Lunatic asylums in Bengal annual reports 1912-1924 - 1912-1924
Year: 1912
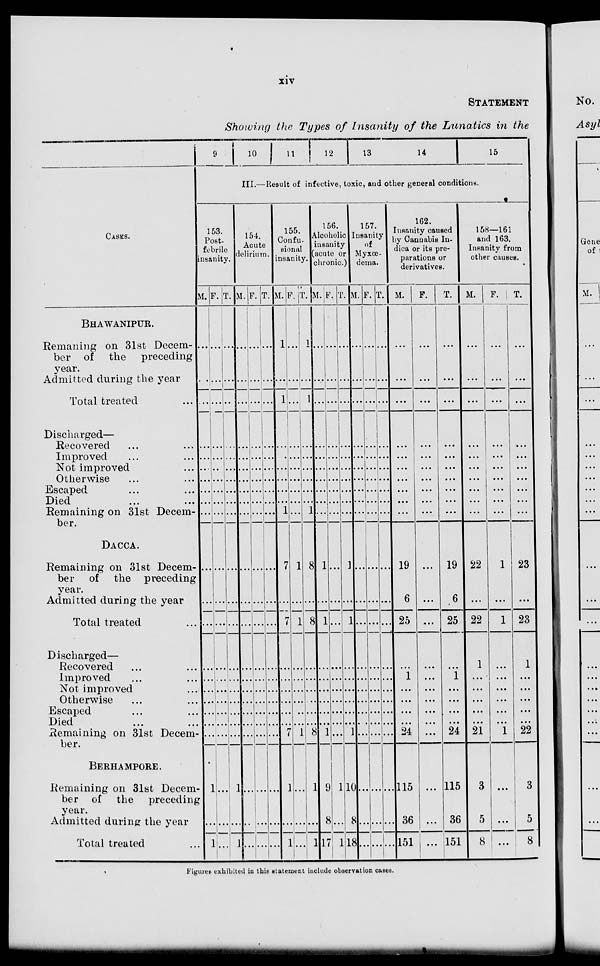
xiv
STATEMENT
Showing the Types of Insanity of the Lunatics in the
CASES.
BHAWANIPUR.
Remaning on 31st Decem-
ber of the
preceding
year.
Admitted during the year
Total treated ...
Discharged—
Recovered ... ...
Improved ... ...
Not improved ... ...
Otherwise ... ...
Escaped ... ...
Died ... ...
Remaining on 31st Decem-
ber.
DACCA.
Remaining on 31st Decem-
ber of the preceding
year.
Admitted during the year
Total treated ...
Discharged—
Recovered ... ...
Improved ... ...
Not improved ... ...
Otherwise ... ...
Escaped ... ...
Died ... ...
Remaining on 31st Decem-
ber.
BERHAMPORE.
Remaining on 31st Decem-
ber of the
preceding
year.
Admitted during the year
Total treated ...
9
10
11
12
13
14
15
III.—Result of infective, toxic, and other general conditions.
153.
Post-
febrile
insanity.
M.
...
...
...
...
...
...
...
...
...
...
...
...
...
...
...
...
...
...
...
...
1
...
1
F.
...
...
...
...
...
...
...
...
...
...
...
...
...
...
...
...
...
...
...
...
...
...
...
T.
...
...
...
...
...
...
...
...
...
...
...
...
...
...
...
...
...
...
...
...
1
...
1
154.
Acute
delirium.
M.
...
...
...
...
...
...
...
...
...
...
...
...
...
...
...
...
...
...
...
...
...
...
...
F.
...
...
...
...
...
...
...
...
...
...
...
...
...
...
...
...
...
...
...
...
...
...
...
T.
...
...
...
...
...
...
...
...
...
...
...
...
...
...
...
...
...
...
...
...
...
...
...
155
Confu-
sional
insanity.
M.
1
...
1
...
...
...
...
...
...
1
7
...
7
...
...
...
...
...
...
7
1
...
1
F.
...
...
...
...
...
...
...
...
...
...
1
...
1
...
...
...
...
...
...
1
...
...
...
T.
1
...
1
...
...
...
...
...
...
1
8
...
8
...
...
...
...
...
...
8
1
...
1
156
Alcoholic
insanity
(acute or
chronic.)
M.
...
...
...
...
...
...
...
...
...
...
1
...
1
...
...
...
...
...
...
1
9
8
17
F.
...
...
...
...
...
...
...
...
...
...
...
...
...
...
...
...
...
...
...
...
1
...
1
T.
...
...
...
...
...
...
...
...
...
...
1
...
1
...
...
...
...
...
...
1
10
8
18
157.
Insanity
of
Myxœ-
dema.
M.
...
...
...
...
...
...
...
...
...
...
...
...
...
...
...
...
...
...
...
...
...
...
...
F.
...
...
...
...
...
...
...
...
...
...
...
...
...
...
...
...
...
...
...
...
...
...
...
T.
...
...
...
...
...
...
...
...
...
...
...
...
...
...
...
...
...
...
...
...
...
...
...
162.
Insanity caused
by Cannabis In-
dica or its pre-
parations or
derivatives.
M.
...
...
...
...
...
...
...
...
...
...
19
6
25
...
1
...
...
...
...
24
115
36
151
F.
...
...
...
...
...
...
...
...
...
...
...
...
...
...
...
...
...
...
...
...
...
...
...
T.
...
...
...
...
...
...
...
...
...
...
19
6
25
...
1
...
...
...
...
24
115
36
151
158—161
and 163.
Iusanity from
other causes.
M.
...
...
...
...
...
...
...
...
...
...
22
...
22
1
...
...
...
...
...
21
3
5
8
F.
...
...
...
...
...
...
...
...
...
...
1
...
1
...
...
...
...
...
...
1
...
...
...
T.
...
...
...
...
...
...
...
...
...
...
23
...
23
1
...
...
...
...
...
22
3
5
8
Figures exhibited in this statement include observation cases.